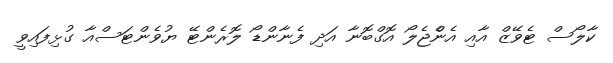
ކާލޯސް ޓެވޭޒް އާއި އެންެޖެލޯ އޮގްބޮނާ އަދި ފެނާންޑޯ ލޮރެންޓޭ ޔުވެންޓަސްއާ ގުޅިފައިވީ